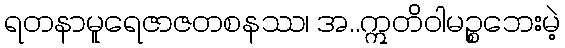
ရတနာမူရေဇာဇတစနဿ၊ အ..ဣတိဝါမဉ္စဘေးမဲ့